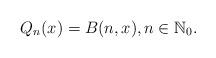
LaTeX: \begin{align*}Q_n(x)=B(n,x), n \in \mathbb{N}_0.\end{align*}